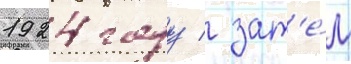
1924 году / зат'е́м